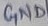
Text: GND